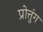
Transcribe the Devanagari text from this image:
प्रोत्तुंग